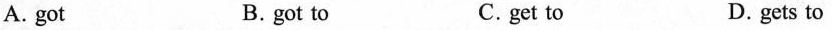
A.got B.got to C.get to D.gets to